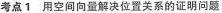
考点1 用空间向量解决位置关系的证明问题